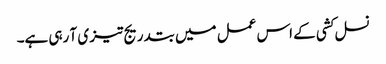
نسل کشی کے اس عمل میں بتدریج تیز ی آ رہی ہے۔